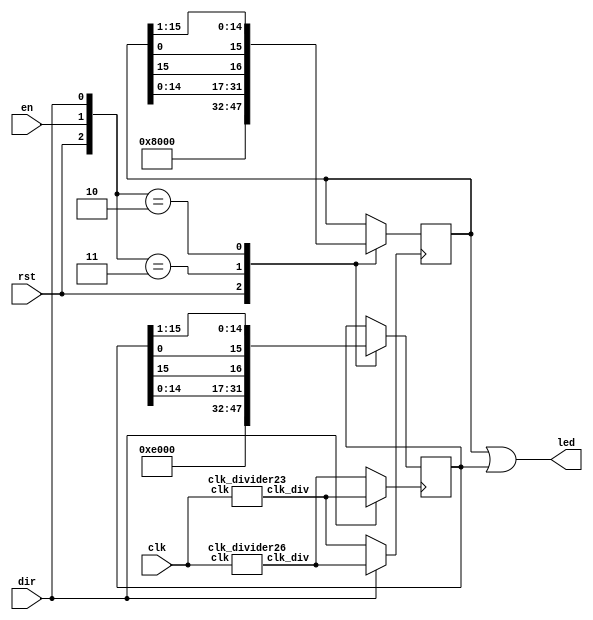
module lab03_2(clk,rst,en,dir,led);
    input clk;
    input rst;
    input en;
    input dir;
    output [15:0] led;
    wire smallclk;
    wire bigclk;
    reg [15:0] mr1pos;
    reg [15:0] mr3pos;
    reg [15:0] nextmr1pos;
    reg [15:0] nextmr3pos;
    reg [15:0] led;
    reg mr1clk;
    reg mr3clk;
    clk_divider23 clk2(.clk(clk),.clk_div(smallclk));
    clk_divider26 clk1(.clk(clk),.clk_div(bigclk));
    
    always@(posedge mr1clk)
        begin
            mr1pos=nextmr1pos;
        end
    always@(posedge mr3clk)
        begin
            mr3pos=nextmr3pos;
        end
    always@(rst,en,dir)
        begin
            casex({rst,en,dir})
                3'b1xx: 
                    begin
                        nextmr1pos={1'b1,{15{1'b0}}};
                       nextmr3pos={{3{1'b1}},{13{1'b0}}};
                    end   
                3'b011: 
                    begin 
                        nextmr1pos={mr1pos[14:0],mr1pos[15]};
                       nextmr3pos={mr3pos[14:0],mr3pos[15]};
                    end
                3'b010: 
                    begin
                        nextmr1pos={mr1pos[0],mr1pos[15:1]};
                        nextmr3pos={mr3pos[0],mr3pos[15:1]};
                    end
                default:
                    begin
                        nextmr1pos=mr1pos;
                        nextmr3pos=mr3pos;
                    end
            endcase
        end
    always@(mr1pos,mr3pos)
        begin
            led=(mr1pos | mr3pos);
        end
    always@(dir)
        begin
            if(dir==1'b1)
                begin
                    mr1clk=bigclk;
                    mr3clk=smallclk;
                end
            else
                begin
                    mr1clk=smallclk;
                    mr3clk=bigclk;
                end
        end
endmodule
module clk_divider26(clk,clk_div);
    input clk;
    output clk_div;

    reg [25:0] num;
    wire [25:0] nextnum;
    always@(posedge clk)
        begin
            num=nextnum;
        end
    assign nextnum=num+1;
    assign clk_div=num[25];
endmodule
module clk_divider23(clk,clk_div);
    input clk;
    output clk_div;
    reg [22:0] num;
    wire [22:0] nextnum;
    always@(posedge clk)
        begin
            num=nextnum;
        end
    assign nextnum=num+1;
    assign clk_div=num[22];
endmodule